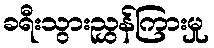
ခရီးသွားညွှန်ကြားမှု